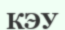
КЭУ